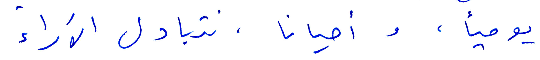
يوميًا، واحيانا، نتبادل الآراء